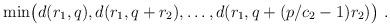
LaTeX: \begin{align*}{\rm min}\big(d(r_1,q),d(r_1,q+r_2),\ldots,d(r_1,q+(p/c_2-1)r_2)\big)\ .\end{align*}